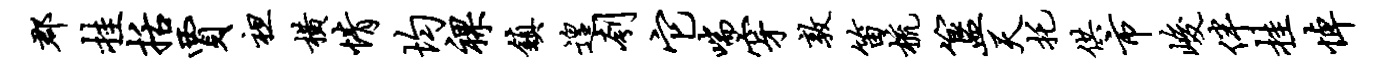
郡挂括贾袒横情均裸镇遑刳它喘穿敦笛梳簋天托供市峻伴挂悼